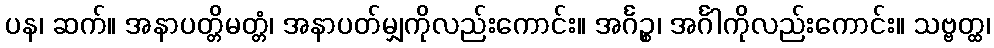
ပန၊ ဆက်။ အနာပတ္တိမတ္တံ၊ အနာပတ်မျှကိုလည်းကောင်း။ အင်္ဂဉ္စ၊ အင်္ဂါကိုလည်းကောင်း။ သဗ္ဗတ္ထ၊